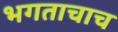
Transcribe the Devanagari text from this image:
भगताचाच